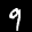
Label: 9